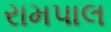
રામપાલ